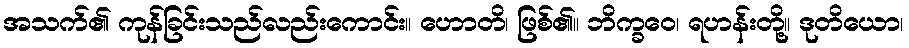
အသက်၏ ကုန်ခြင်းသည်လည်းကောင်း။ ဟောတိ၊ ဖြစ်၏။ ဘိက္ခဝေ၊ ရဟန်းတို့။ ဒုတိယော၊